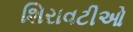
શિરાવટીઓ